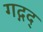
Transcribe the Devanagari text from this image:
गद्गद्